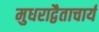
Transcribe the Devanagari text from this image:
मुधराद्वैताचार्य